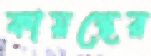
কায়স্থের